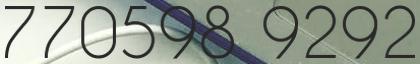
770598 9292